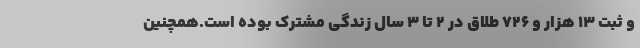
و ثبت ۱۳ هزار و ۷۲۶ طلاق در ۲ تا ۳ سال زندگی مشترک بوده است.همچنین